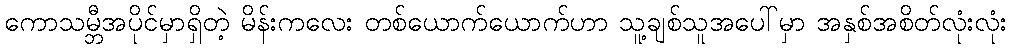
ကောသမ္ဘီအပိုင်မှာရှိတဲ့ မိန်းကလေး တစ်ယောက်ယောက်ဟာ သူ့ချစ်သူအပေါ်မှာ အနှစ်အစိတ်လုံးလုံး